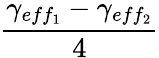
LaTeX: \frac{\gamma_{eff_{1}}-\gamma_{eff_{2}}}{4}